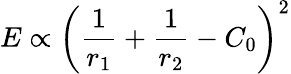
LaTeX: E\propto\left(\frac{1}{r_{1}}+\frac{1}{r_{2}}-C_{0}\right)^{2}